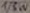
Text: 1/8W